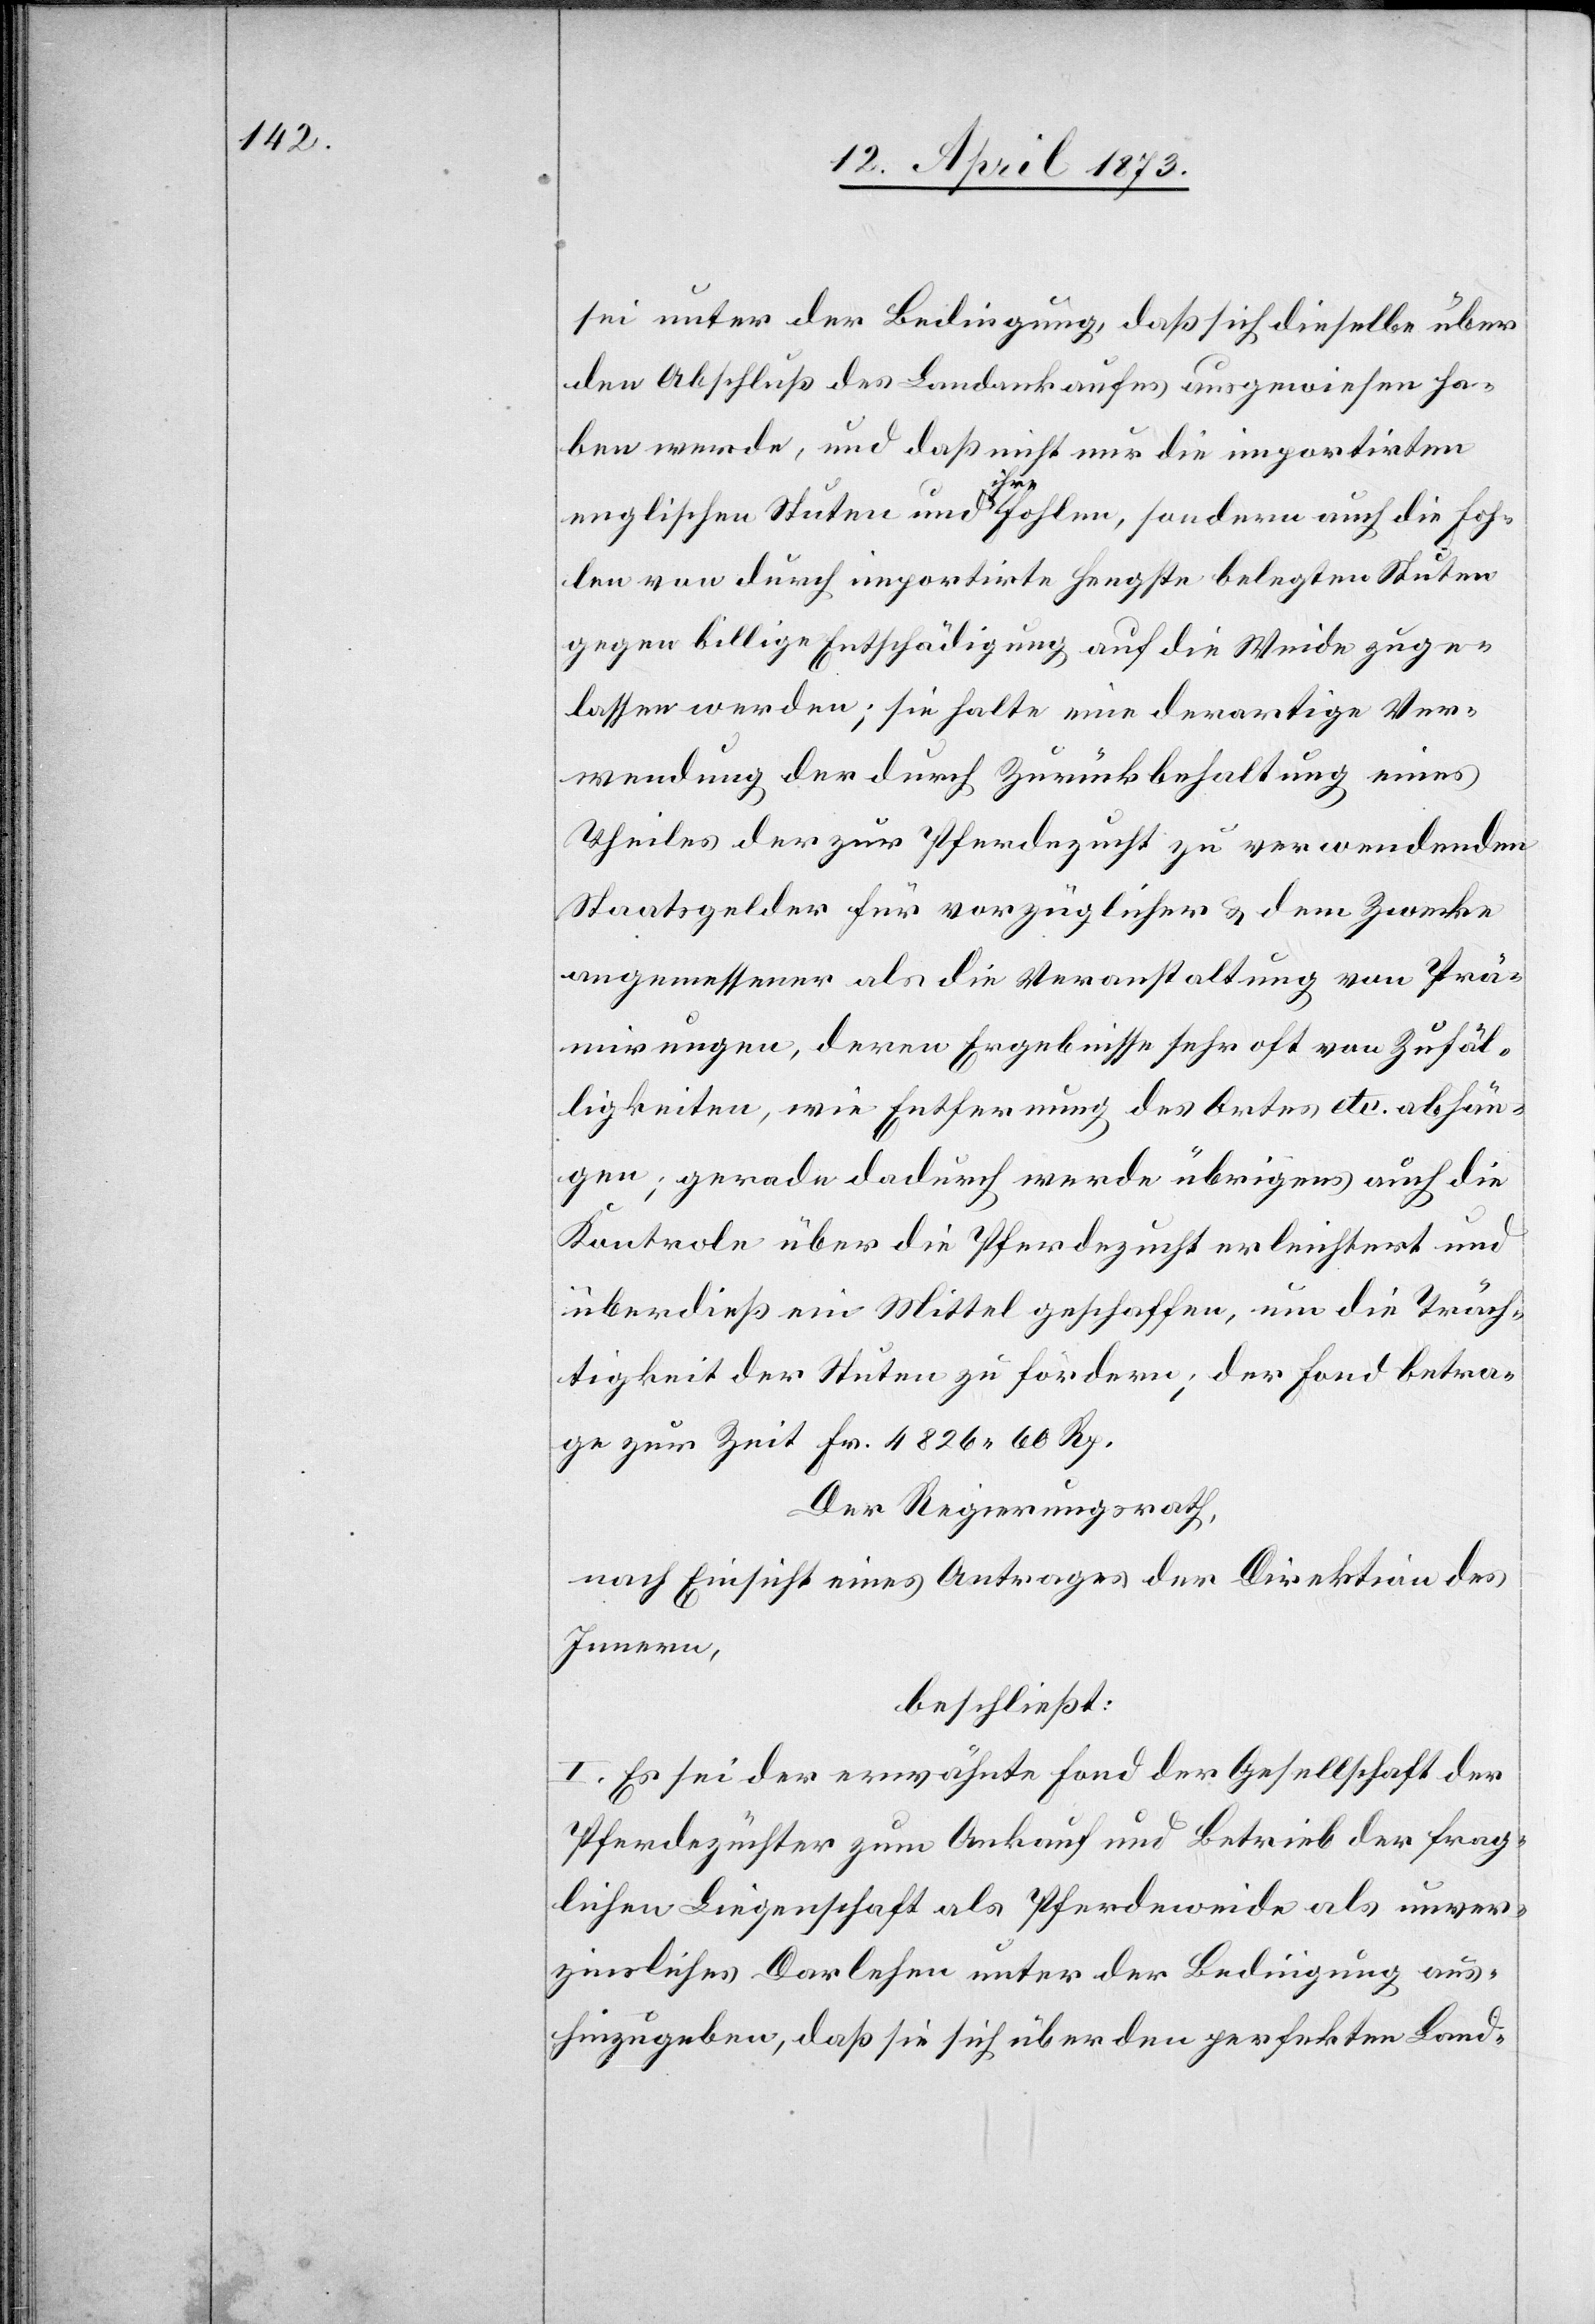
sei unter der Bedingung, daß sich dieselbe über
den Abschluß des Landankaufes ausgewiesen ha¬
ben werde, und daß nicht nur die importirten
englischen Stuten und ihre Fohlen, sondern auch die Foh¬
len von durch importirte Hengste belegten Stuten
gegen billige Entschädigung auf die Weide zuge¬
lassen werden; sie halte eine derartige Ver¬
wendung der durch Zurückbehaltung eines
Theiles der zur Pferdezucht zu verwendenden
Staatsgelder für vorzüglicher & dem Zwecke
angemessener als die Veranstaltung von Prä¬
mirungen, deren Ergebnisse sehr oft von Zufäl¬
ligkeiten wie Entfernung des Ortes etc. abhän¬
gen; gerade dadurch werde übrigens auch die
Kontrol[l]e über die Pferdezucht erleichtert und
überdieß ein Mittel geschaffen, um die Träch¬
tigkeit der Stuten zu fördern; der Fond betra¬
ge zur Zeit Fr. 4826 60 Rp.
Der Regierungsrath,
nach Einsicht eines Antrages der Direktion des
Innern,
beschließt:
I. Es sei der erwähnte Fond der Gesellschaft der
Pferdezüchter zum Ankauf und Betrieb der frag¬
lichen Liegenschaft als Pferdeweide als unver¬
zügliches Darlehen unter der Bedingung aus¬
hinzugeben, daß sie sich über den perfekten Land-